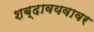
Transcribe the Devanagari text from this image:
शब्दावयवावर